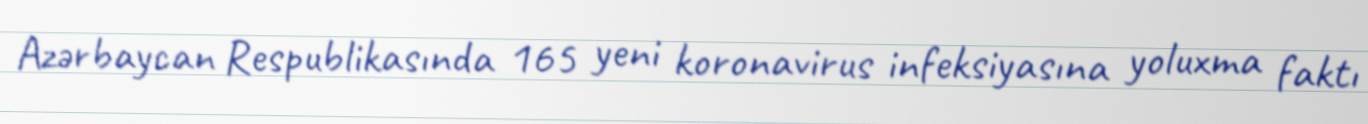
Azərbaycan Respublikasında 165 yeni koronavirus infeksiyasına yoluxma faktı